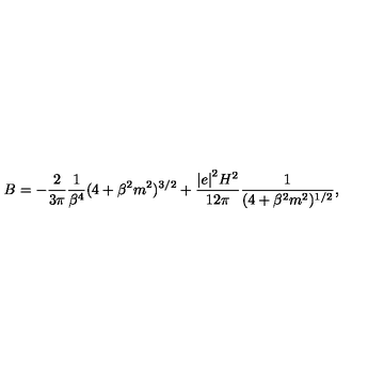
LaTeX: B = - \frac { 2 } { 3 \pi } \frac { 1 } { \beta ^ { 4 } } ( 4 + \beta ^ { 2 } m ^ { 2 } ) ^ { 3 / 2 } + \frac { { \vert e \vert } ^ { 2 } H ^ { 2 } } { 1 2 \pi } \frac { 1 } { ( 4 + \beta ^ { 2 } m ^ { 2 } ) ^ { 1 / 2 } } ,